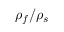
\rho _ { f } / \rho _ { s }